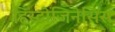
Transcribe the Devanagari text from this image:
हिस्टोजिनेसिस